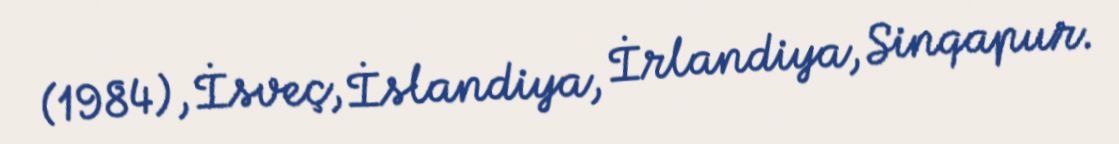
(1984), İsveç, İslandiya, İrlandiya, Sinqapur.